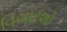
વિચારશો